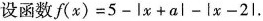
设函数$$f(x)=5-|x+a|-|x-2|$$。